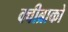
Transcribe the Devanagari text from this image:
क्वीब्राको